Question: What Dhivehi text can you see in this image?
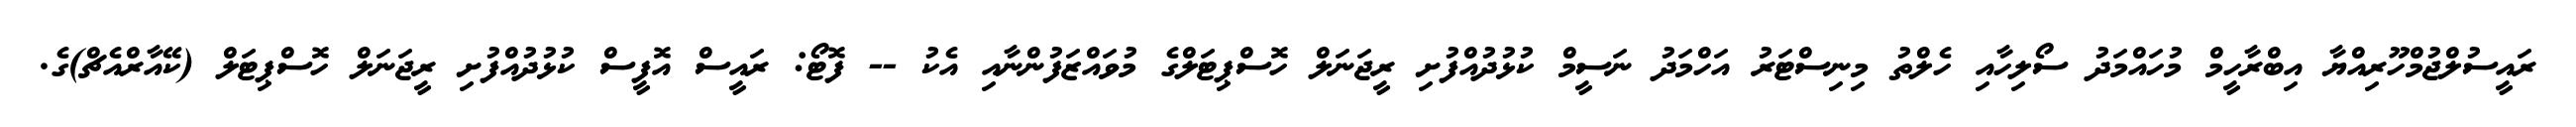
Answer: ރައީސުލްޖުމްހޫރިއްޔާ އިބްރާހީމް މުހައްމަދު ސޯލިހާއި ހެލްތު މިނިސްޓަރު އަހްމަދު ނަސީމް ކުޅުދުއްފުށި ރީޖަނަލް ހޮސްޕިޓަލްގެ މުވައްޒަފުންނާއި އެކު -- ފޮޓޯ: ރައީސް އޮފީސް ކުޅުދުއްފުށި ރީޖަނަލް ހޮސްޕިޓަލް (ކޭއާރްއެޗް)ގެ.